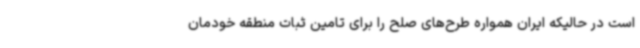
است در حالیکه ایران همواره طرح‌های صلح را برای تامین ثبات منطقه خودمان